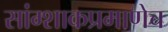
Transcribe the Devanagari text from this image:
सांग्शाकप्रमाणेच